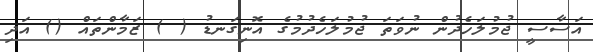
އަސާސީ ޖުމުލަހެދުން ނުވަތަ ޖުމުލަހެދުމުގެ އޮނިގަނޑު ( ) ޒަމާންތައް () އަދި